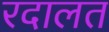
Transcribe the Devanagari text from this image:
रदालत